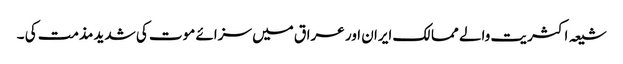
شیعہ اکثریت والے ممالک ایران اور عراق میں سزائے موت کی شدید مذمت کی ۔